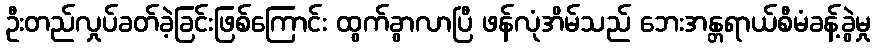
ဦးတည်လှုပ်ခတ်ခဲ့ခြင်းဖြစ်ကြောင်း ထွက်ခွာလာပြီ ဖန်လုံအိမ်သည် ဘေးအန္တရာယ်စီမံခန့်ခွဲမှု